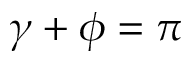
\gamma + \phi = \pi